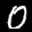
Label: 0